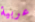
عربية